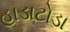
હાડાટોડા